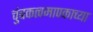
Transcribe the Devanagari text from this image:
चुंबकत्वमापकाच्या